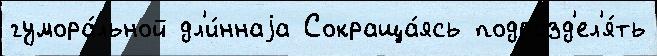
гумора́льной дл'и́ннаjа Сокраща́ясь подразд'ел'я́ть